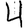
Digit: 4